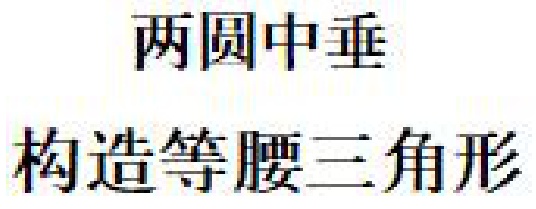
两圆中垂\\构造等腰三角形